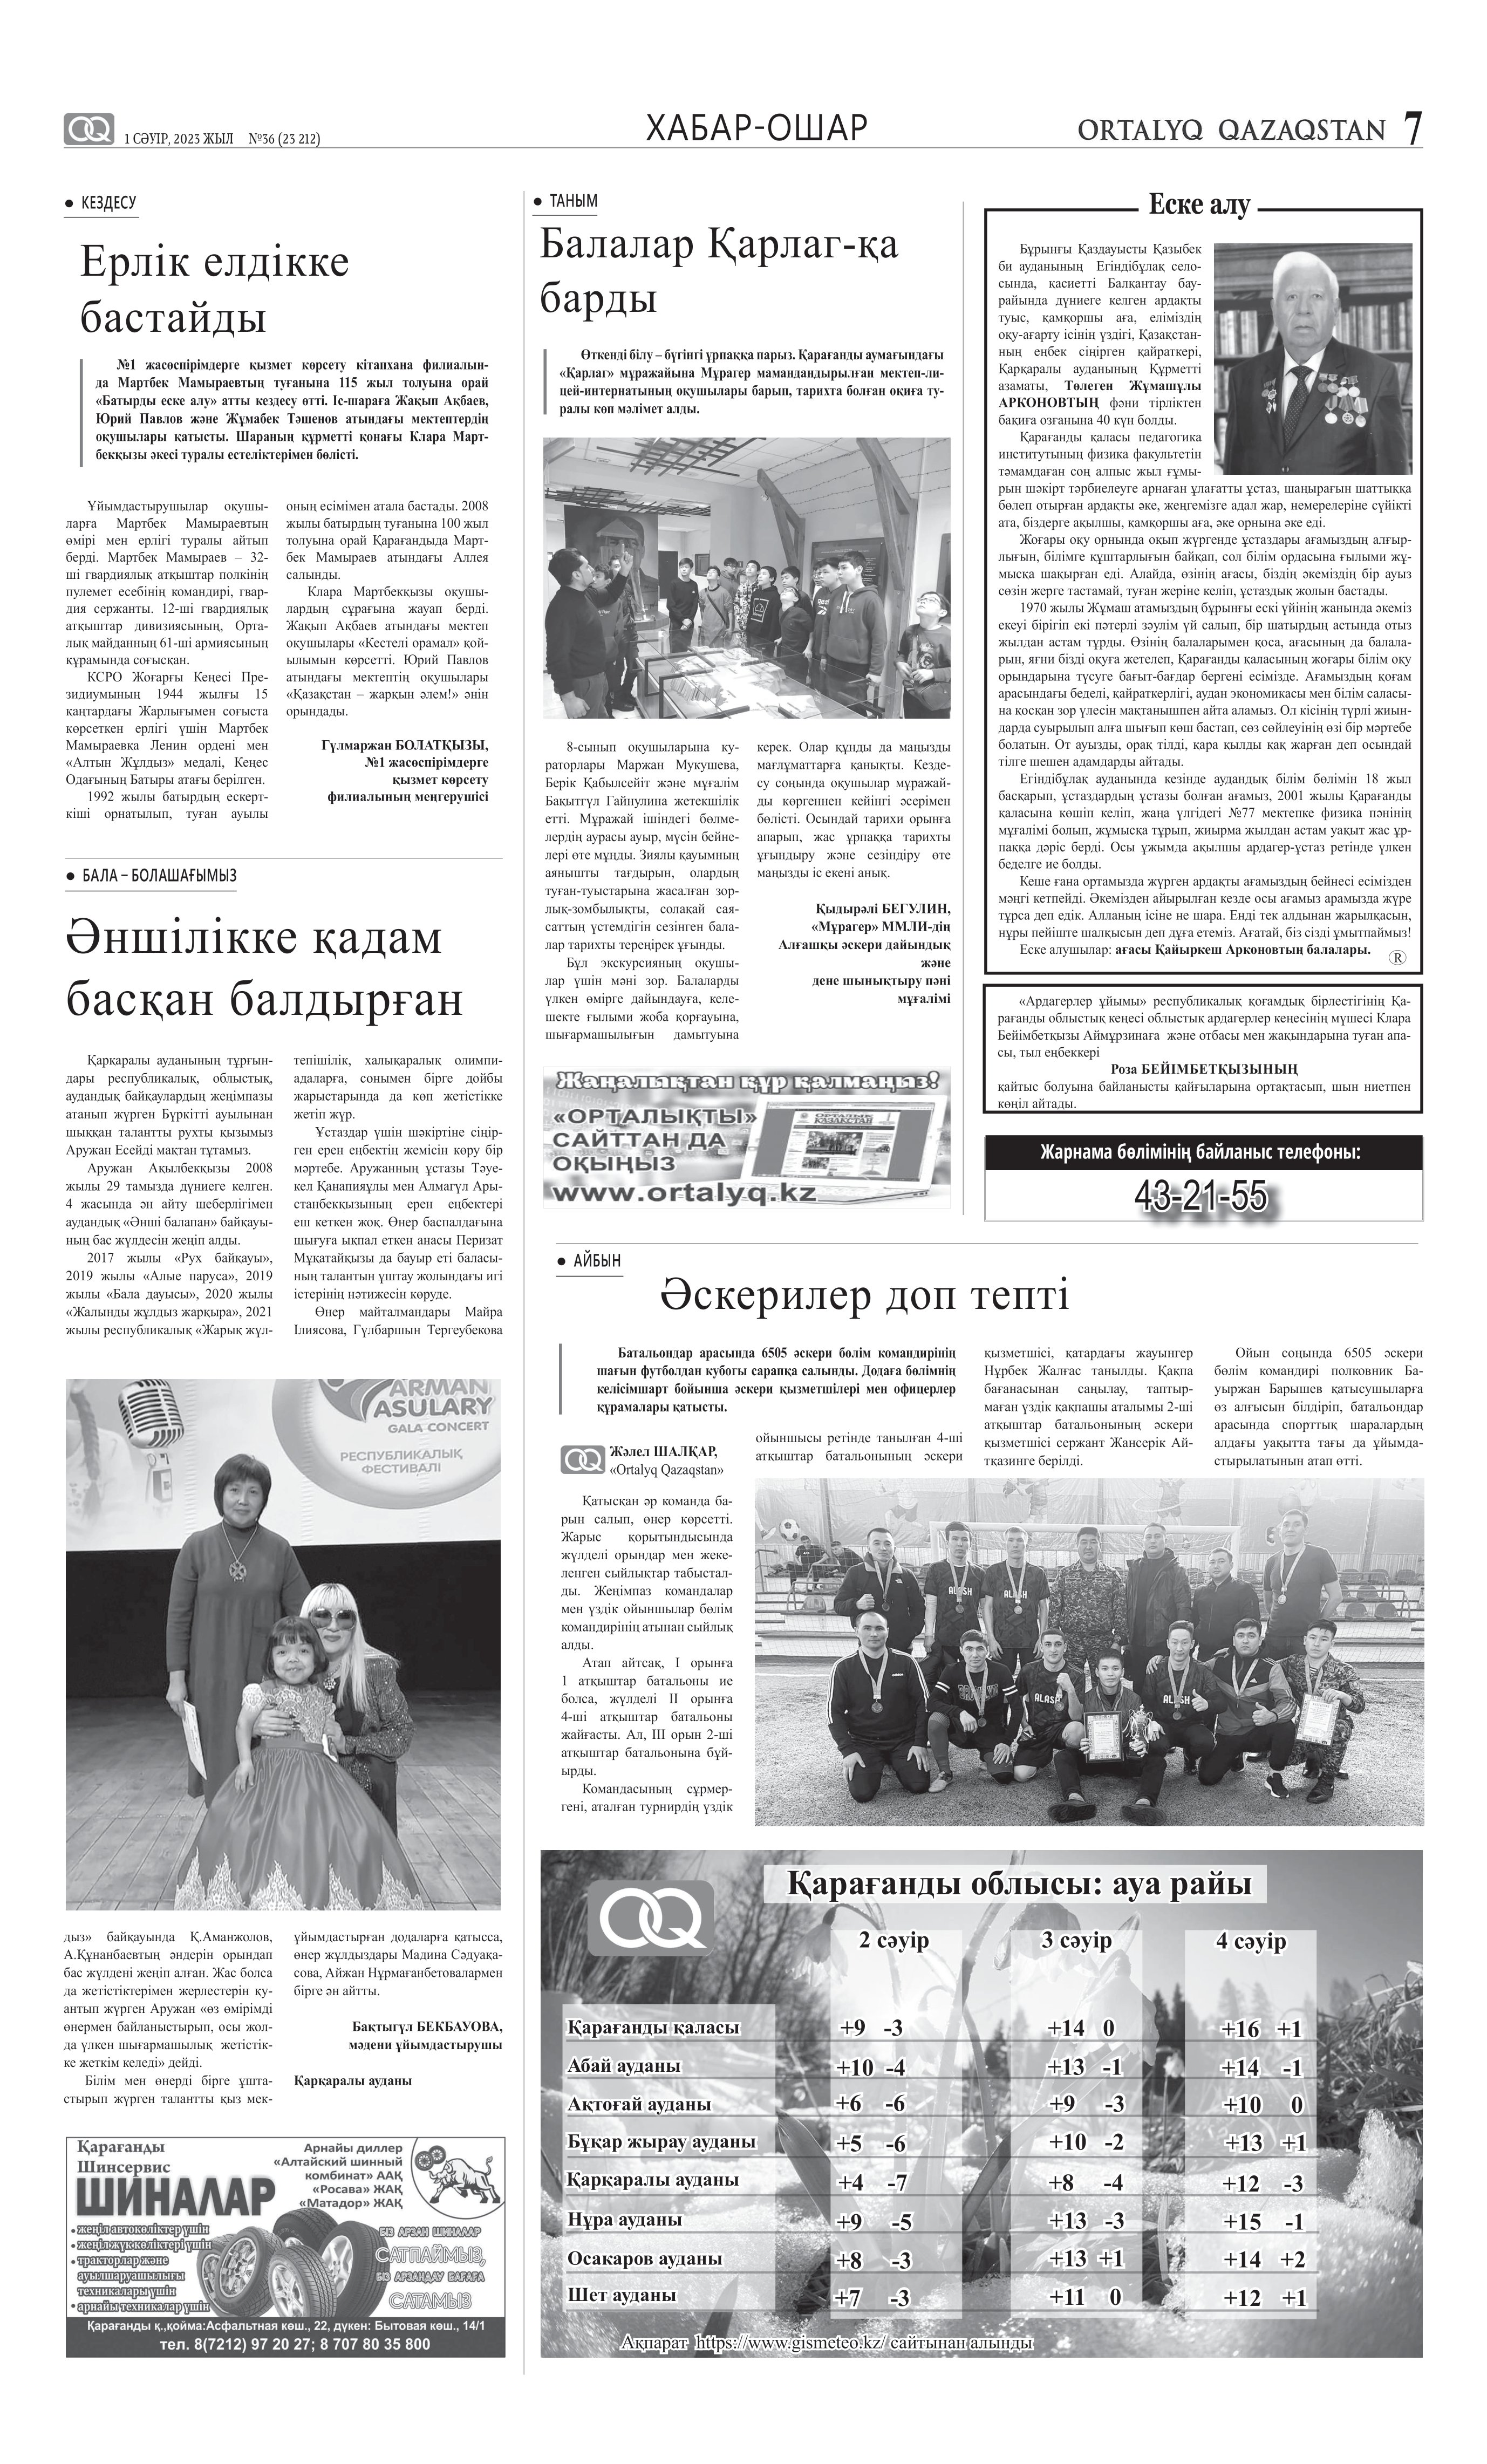
Language: kk